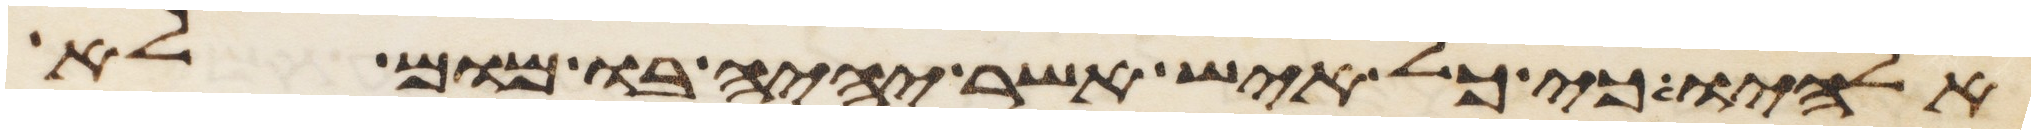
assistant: אלהיו כי כל איש אשר יהיה בו מום לא